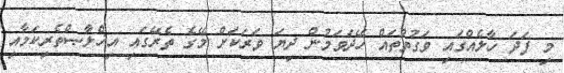
މި ފަދަ ހާލެއްގައި ވަގުތުތައް ހޭދަވަމުން ދިޔަ ވަރަކަށް މޭގެ ތެރޭގައި އިޚްލާޞްތެރިކަމާއި